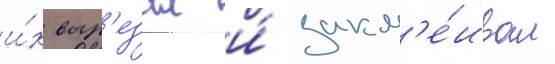
и́х выр'езал и́ закл'е́ивал